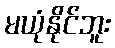
မယုံနိုင်ဘူး